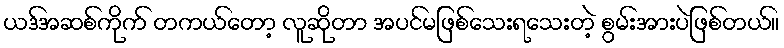
ယဒ်အဆစ်ကိုက် တကယ်တော့ လူဆိုတာ အပင်မဖြစ်သေးရသေးတဲ့ စွမ်းအားပဲဖြစ်တယ်။